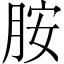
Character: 胺